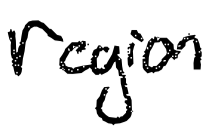
Text: region
Cross-out: clean
Writing tool: digital_black